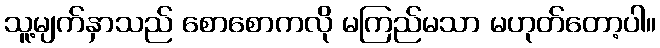
သူ့မျက်နှာသည် စောစောကလို မကြည်မသာ မဟုတ်တော့ပါ။